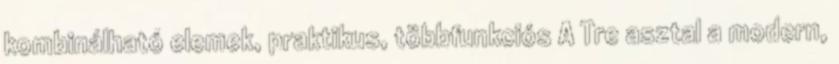
kombinálható elemek, praktikus, többfunkciós A Tre asztal a modern,